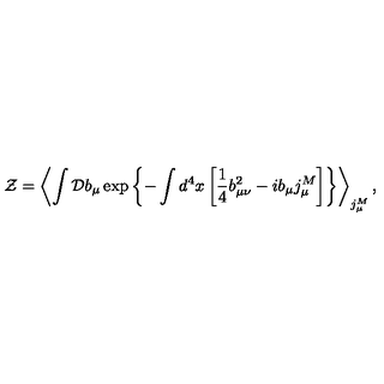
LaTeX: { \cal Z } = \left< \int { \cal D } b _ { \mu } \exp \left\{ - \int d ^ { 4 } x \left[ \frac 1 4 b _ { \mu \nu } ^ { 2 } - i b _ { \mu } j _ { \mu } ^ { M } \right] \right\} \right> _ { j _ { \mu } ^ { M } } ,